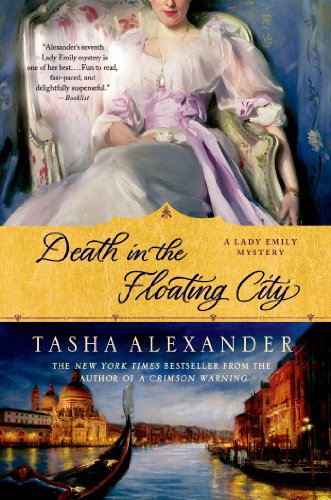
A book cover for Death in the Floating City: A Lady Emily Mystery (Lady Emily Mysteries); Tasha Alexander; Mystery, Thriller & Suspense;